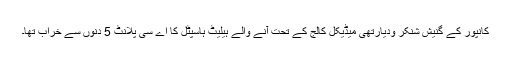
کانپور کے گنیش شنکر ودیارتھی میڈیکل کالج کے تحت آنے والے ہیلیٹ ہاسپٹل کا اے سی پلانٹ 5 دنوں سے خراب تھا۔